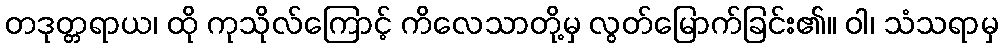
တဒုတ္တရာယ၊ ထို ကုသိုလ်ကြောင့် ကိလေသာတို့မှ လွတ်မြောက်ခြင်း၏။ ဝါ၊ သံသရာမှ